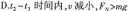
D.t_{2}-t_{3}时间内，v减小，$$F_{N} > m g$$